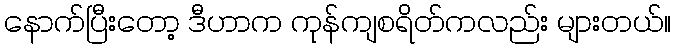
နောက်ပြီးတော့ ဒီဟာက ကုန်ကျစရိတ်ကလည်း များတယ်။